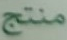
منتج